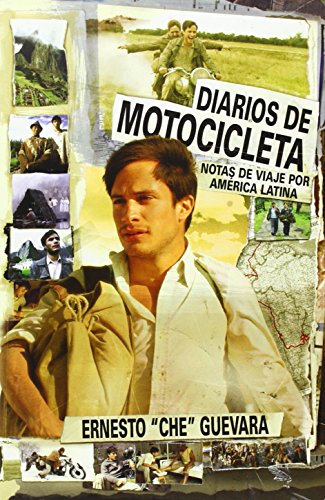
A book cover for Diarios de Motocicleta: Notas de Viaje (Film Tie-in Edition) (Che Guevara Publishing Project / Ocean Sur) (Spanish Edition); Ernesto Che Guevara; Biographies & Memoirs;